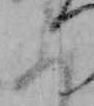
あ